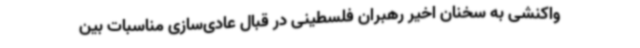
واکنشی به سخنان اخیر رهبران فلسطینی در قبال عادی‌سازی مناسبات بین